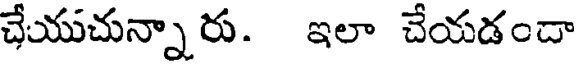
చేయుచున్నారు. ఇలా చేయడందా